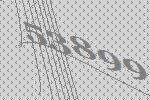
53899